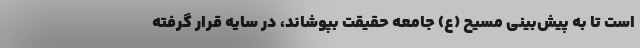
است تا به پیش‌بینی مسیح (ع) جامعه حقیقت بپوشاند، در سایه قرار گرفته